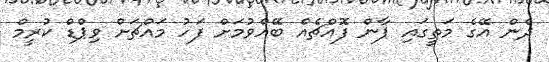
ދެން އޭގެ މަތީގައި ޕާން ފޮއްޗެއް ބޭއްވުމަށް ފަހު މައްޗަށް ވިޕްޑް ކުރީމް